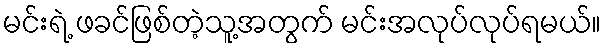
မင်းရဲ့ ဖခင်ဖြစ်တဲ့သူ့အတွက် မင်းအလုပ်လုပ်ရမယ်။